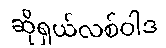
ဆိုရှယ်လစ်ဝါဒ